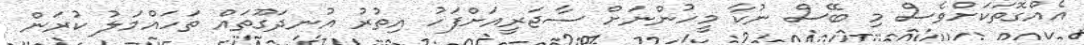
އެއްގޮތަކަށްވެސް މި ބޭސް ނުކާ މީހުންނަށް ސާޖަރީއަށްފަހު އިތުރު އުނދަގޫތައް ތަހައްމަލު ކުރަން